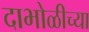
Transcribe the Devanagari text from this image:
दाभोळीच्या